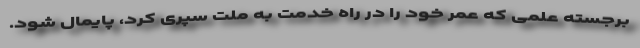
برجسته علمی که عمر خود را در راه خدمت به ملت سپری کرد، پایمال شود.